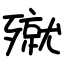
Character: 殧